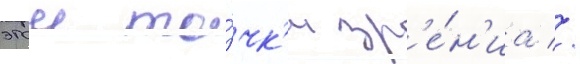
этои то́чк'и зр'е́н'иа //